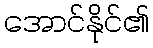
အောင်နိုင်၏